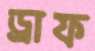
ড্রাফ